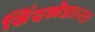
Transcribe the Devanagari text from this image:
सिंदखेड।।२।।